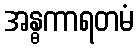
အန္ဓကာရတမံ